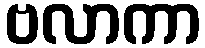
ဗလာကာ